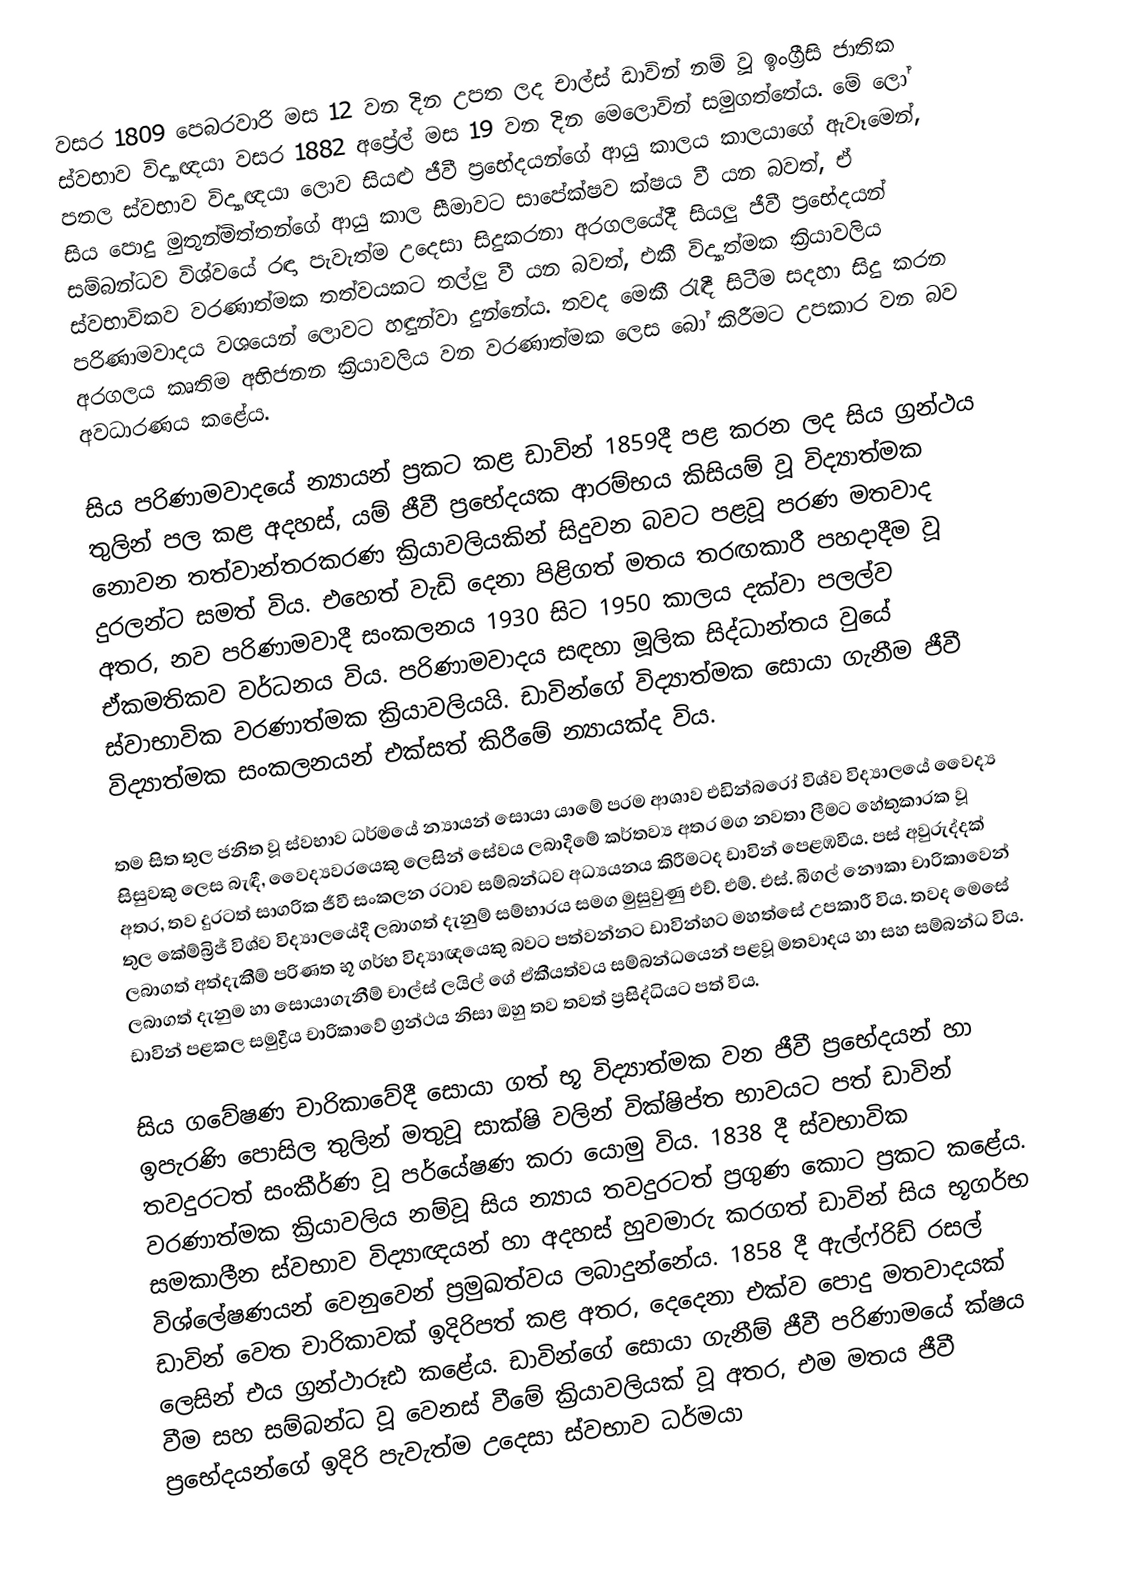
වසර 1809 පෙබරවාරි මස 12 වන දින උපත ලද චාල්ස් ඩාවින් නම් වූ ඉංග්‍රීසි ජාතික ස්වභාව විද්‍යාඥයා වසර 1882 අප්‍රේල් මස 19 වන දින මෙලොවින් සමුගත්තේය. මේ ලෝ පතල ස්වභාව විද්‍යාඥයා ලොව සියළු ජීවී ප්‍රභේදයන්ගේ ආයු කාලය කාලයාගේ ඇවෑමෙන්, සිය පොදු මුතුන්මිත්තන්ගේ ආයු කාල සීමාවට සාපේක්ෂව ක්ෂය වී යන බවත්, ඒ සම්බන්ධව විශ්වයේ ර‍ඳා පැවැත්ම උදෙසා සිදුකරනා අරගලයේදී සියලු ජීවී ප්‍රභේදයන් ස්වභාවිකව වරණාත්මක තත්වයකට තල්ලු වී යන බවත්, එකී විද්‍යාත්මක ක්‍රියාවලිය පරිණාමවාදය වශයෙන් ලොවට හඳුන්වා දුන්නේය. තවද මෙකී රැඳී සිටීම සදහා සිදු කරන අරගලය කෘතිම අභිජනන ක්‍රියාවලිය වන වරණාත්මක ලෙස බෝ කිරීමට උපකාර වන බව අවධාරණය කළේය.

සිය පරිණාමවාදයේ න්‍යායන් ප්‍රකට කළ ඩාවින් 1859දී පළ කරන ලද සිය ග්‍රන්ථය තුලින් පල කළ අදහස්, යම් ජීවී ප්‍රභේදයක ආරම්භය කිසියම් වූ විද්‍යාත්මක නොවන තත්වාන්තරකරණ ක්‍රියාවලියකින් සිදුවන බවට පළවූ පරණ මතවාද දුරලන්ට සමත් විය. එහෙත් වැඩි දෙනා පිළිගත් මතය තරඟකාරී පහදාදීම වූ අතර, නව පරිණාමවාදී සංකලනය 1930 සිට 1950 කාලය දක්වා පලල්ව ඒකමතිකව වර්ධනය විය. පරිණාමවාදය සඳහා මූලික සිද්ධාන්තය වුයේ ස්වාභාවික වරණාත්මක ක්‍රියාවලියයි. ඩාවින්ගේ විද්‍යාත්මක සොයා ගැනීම ජීවී විද්‍යාත්මක සංකලනයන් එක්සත් කිරීමේ න්‍යායක්ද විය.

තම සිත තුල ජනිත වූ ස්වභාව ධර්මයේ න්‍යායන් සොයා යාමේ පරම ආශාව එඩින්බරෝ විශ්ව විද්‍යාලයේ වෛද්‍ය සිසුවකු ලෙස බැඳී, වෛද්‍යවරයෙකු ලෙසින් සේවය ලබාදීමේ කර්තව්‍ය අතර මග නවතා ලීමට හේතුකාරක වූ අතර, තව දුරටත් සාගරික ජීවී සංකලන රටාව සම්බන්ධව අධ්‍යයනය කිරීමටද ඩාවින් පෙළඹවීය. පස් අවුරුද්දක් තුල කේම්බ්‍රිජ් විශ්ව විද්‍යාලයේදී ලබාගත් දැනුම් සම්භාරය සමග මුසුවුණු එච්. එම්. එස්. බීගල් නෞකා චාරිකාවෙන් ලබාගත් අත්දැකීම් පරිණත භූ ගර්භ විද්‍යාඥයෙකු බවට පත්වන්නට ඩාවින්හට මහත්සේ උපකාරී විය. තවද මෙසේ ලබාගත් දැනුම හා සොයාගැනීම් චාල්ස් ලයිල් ගේ ඒකීයත්වය සම්බන්ධයෙන් පළවූ මතවාදය හා සහ සම්බන්ධ විය. ඩාවින් පළකල සමුද්‍රීය චාරිකාවේ ග්‍රන්ථය නිසා ඔහු තව තවත් ප්‍රසිද්ධියට පත් විය.

සිය ගවේෂණ චාරිකාවේදී සොයා ගත් භූ විද්‍යාත්මක වන ජීවී ප්‍රභේදයන් හා ඉපැරණි පොසිල තුලින් මතුවූ සාක්ෂි වලින් වික්ෂිප්ත භාවයට පත් ඩාවින් තවදුරටත් සංකීර්ණ වූ පර්යේෂණ කරා යොමු විය. 1838 දී ස්වභාවික වරණාත්මක ක්‍රියාවලිය නම්වූ සිය න්‍යාය තවදුරටත් ප්‍රගුණ කොට ප්‍රකට කළේය. සමකාලීන ස්වභාව විද්‍යාඥයන් හා අදහස් හුවමාරු කරගත් ඩාවින් සිය භූගර්භ විශ්ලේෂණයන් වෙනුවෙන් ප්‍රමුඛත්වය ලබාදුන්නේය. 1858 දී ඇල්ෆ්රිඩ් රසල් ඩාවින් වෙත චාරිකාවක් ඉදිරිපත් කළ අතර, දෙදෙනා එක්ව පොදු මතවාදයක් ලෙසින් එය ග්‍රන්ථාරූඪ කළේය. ඩාවින්ගේ සොයා ගැනීම් ජීවී පරිණාමයේ ක්ෂය වීම සහ සම්බන්ධ වූ වෙනස් වීමේ ක්‍රියාවලියක් වූ අතර, එම මතය ජීවී ප්‍රභේදයන්ගේ ඉදිරි පැවැත්ම උදෙසා ස්වභාව ධර්මයා